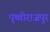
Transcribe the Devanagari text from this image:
पृथ्वीराजपुर